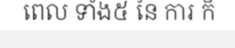
ពេល ទាំង៥ នៃ ការ ក៏